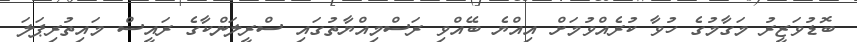
ބޮޑުވަޒީރު މަގާމުގެ ހުވާ ކުރެއްވުމަށް އިއްޔެ ބޭއްވި ރަސްމިއްޔާތުގައި ސްރީލަންކާގެ ރައީސް މައިތުރިޕަލަ